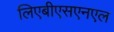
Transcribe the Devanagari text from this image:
लिएबीएसएनएल